Physiological action of certain drugs in tablet form - Number 52A
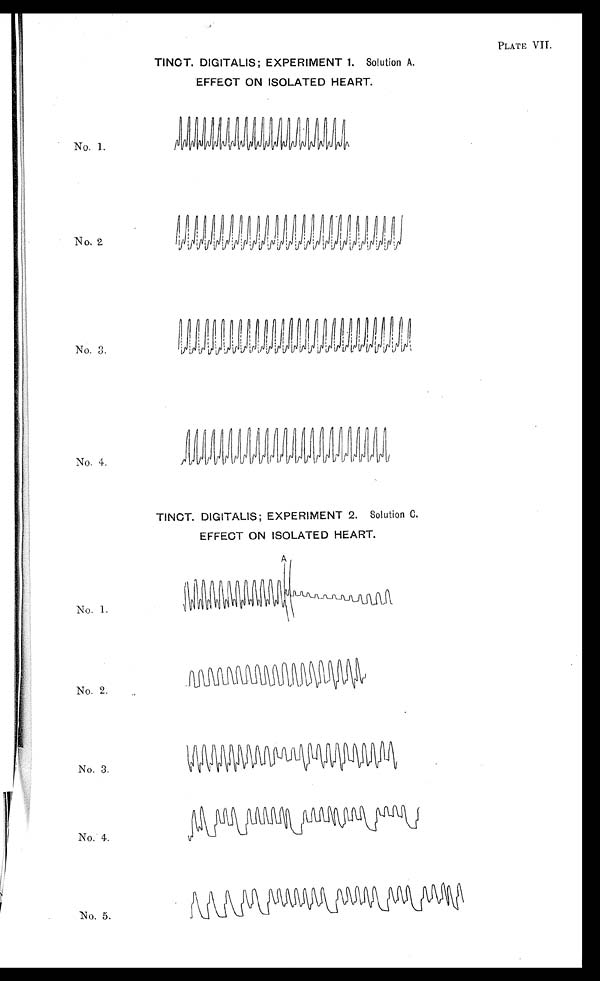
PLATE VII.
TINCT. DIGITALIS; EXPERIMENT 1. Solution A.
EFFECT ON ISOLATED HEART .
No. 1.
No. 2.
No. 3.
No. 4.
TINCT. DIGITALIS; EXPERIMENT 2. Solution C.
EFFECT ON ISOLATED HEART.
No. 1.
No. 2.
No. 3.
No. 4.
No. 5.